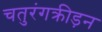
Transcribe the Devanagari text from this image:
चतुरंगक्रीड़न